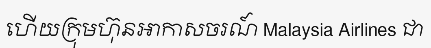
ហើយក្រុមហ៊ុនអាកាសចរណ៍ Malaysia Airlines ជា